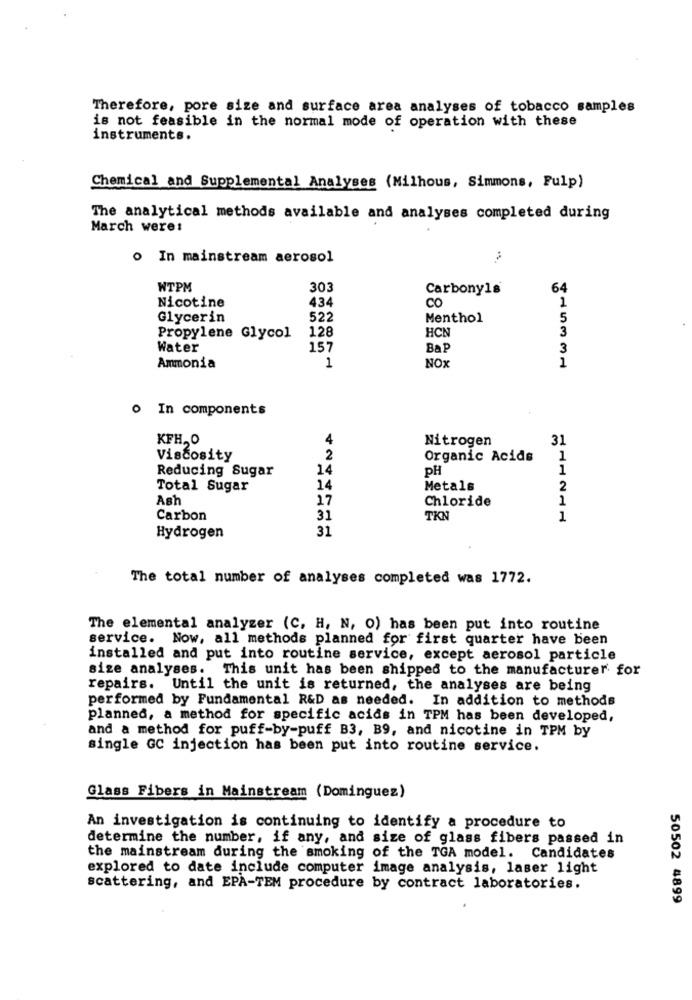
Therefore, pore size and surface area analyses of tobacco samples
is not feasible in the normal mode of operation with these
instruments.
Chemical and Supplemental Analyses (Milhous, Simmons, Fulp)
The analytical methods available and analyses completed during
March were:
o In mainstream aerosol
WTPM
303
Carbonyls
64
Nicotine
434
CO
1
Glycerin
522
Menthol
5
128
HCN
3
Propylene Glycol
Water
157
BaP
3
1
1
Ammonia
NOX
o In components
KFH, O
4
Nitrogen
31
Viscosity
2
Organic Acids
1
Reducing Sugar
14
pH
1
Total Sugar
14
Metals
2
Ash
17
Chloride
1
Carbon
31
TKN
1
31
Hydrogen
The total number of analyses completed was 1772.
The elemental analyzer (C, H, N, O) has been put into routine
service. Now, all methods planned for first quarter have been
installed and put into routine service, except aerosol particle
size analyses. This unit has been shipped to the manufacturer for
repairs. Until the unit is returned, the analyses are being
performed by Fundamental R&D as needed. In addition to methods
planned, a method for specific acids in TPM has been developed,
and a method for puff-by-puff B3, B9, and nicotine in TPM by
single GC injection has been put into routine service.
Glass Fibers in Mainstream (Dominguez)
An investigation is continuing to identify a procedure to
determine the number, if any, and size of glass fibers passed in
the mainstream during the smoking of the TGA model. Candidates
explored to date include computer image analysis, laser light
scattering, and EPA-TEM procedure by contract laboratories.
50502 4899